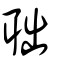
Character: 聉